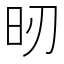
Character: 𣅉